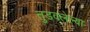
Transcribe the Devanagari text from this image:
तुडवलेल्या